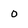
Character: O